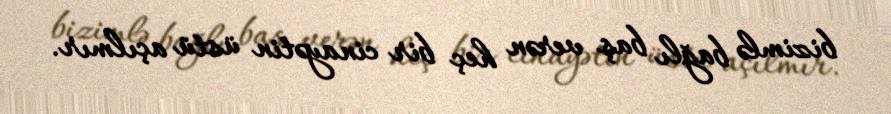
bizimlə bağlı baş verən heç bir cinayətin üstü açılmır.